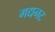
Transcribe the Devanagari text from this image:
गद्यनट